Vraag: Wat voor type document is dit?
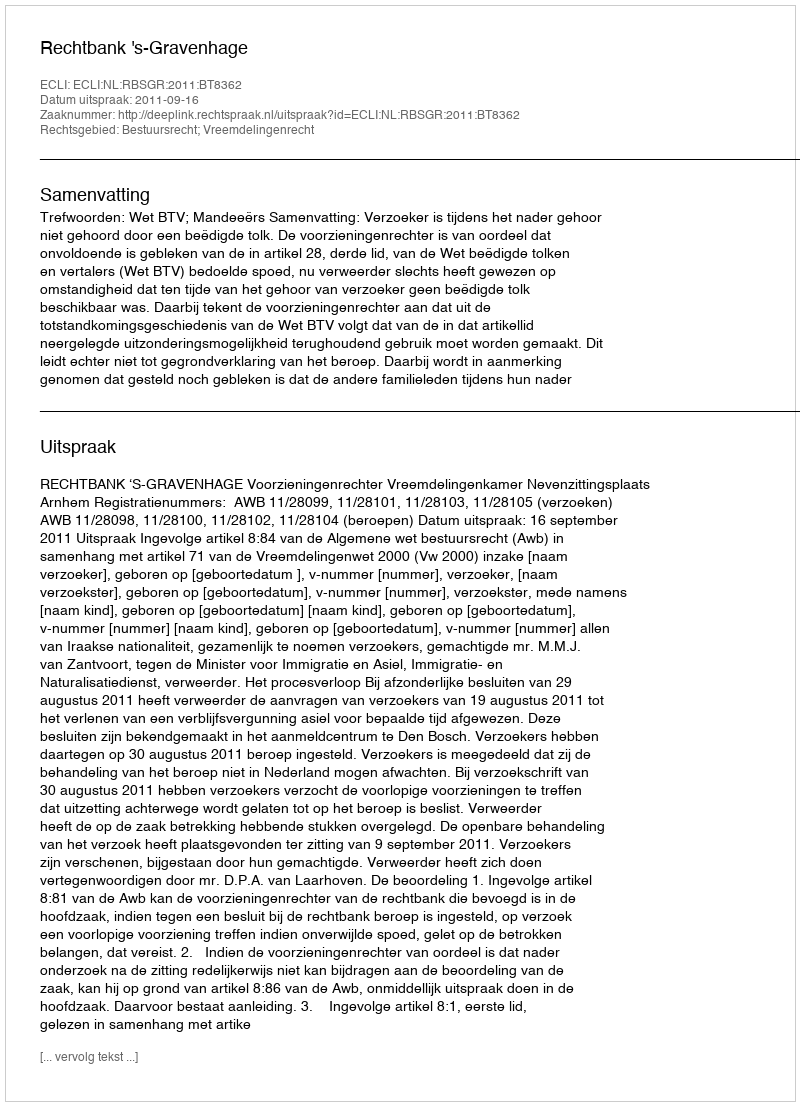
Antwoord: Uitspraak